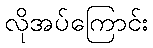
လိုအပ်ကြောင်း